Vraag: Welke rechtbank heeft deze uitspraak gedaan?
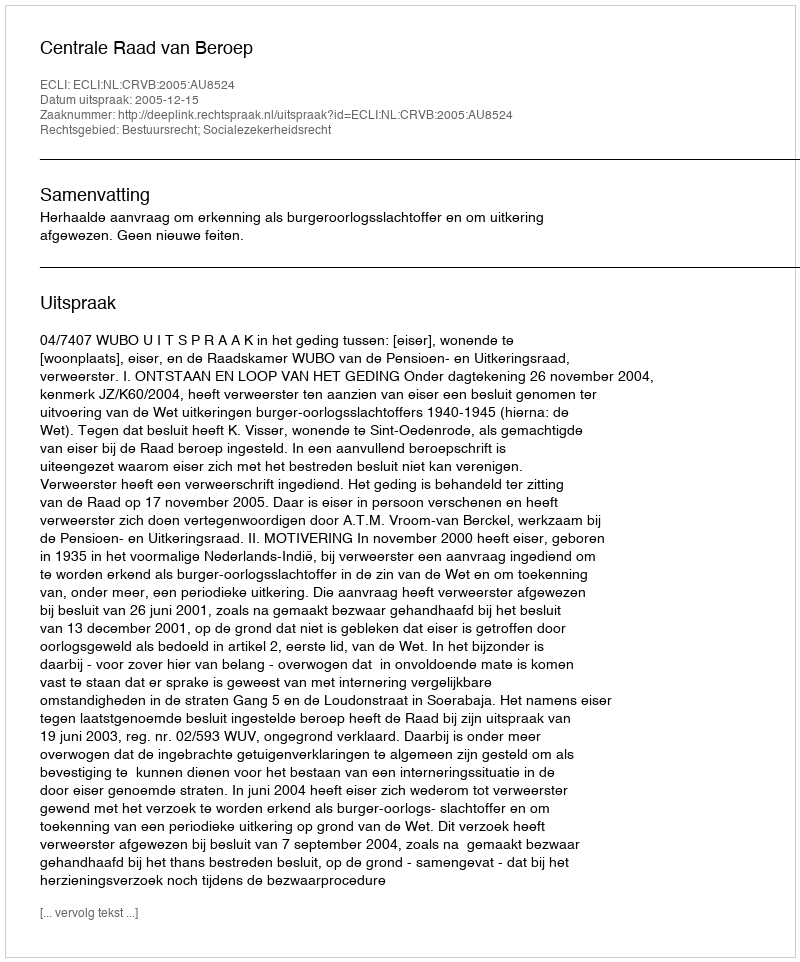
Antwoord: Centrale Raad van Beroep